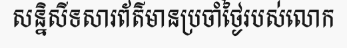
សន្និសីទសារព័ត៌មានប្រចាំថ្ងៃរបស់លោក